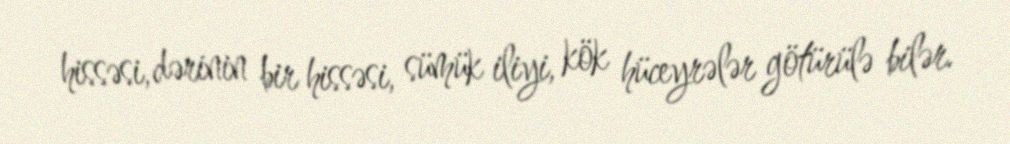
hissəsi, dərinin bir hissəsi, sümük iliyi, kök hüceyrələr götürülə bilər.